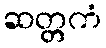
ဆတ္တကံ